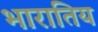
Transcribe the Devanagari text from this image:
भारातिय